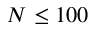
N \leq 1 0 0